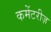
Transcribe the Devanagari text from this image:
कमेंटरीज़